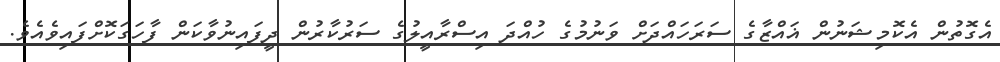
އެގޮތުން އެކޮމިޝަނުން ޣައްޒާގެ ސަރަހައްދަށް ވަނުމުގެ ހުއްދަ އިސްރާއީލުގެ ސަރުކާރުން ދީފައިނުވާކަން ފާހަގަކޮށްފައިވެއެވެ.